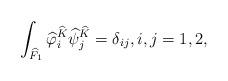
LaTeX: \begin{align*}\int_{\widehat{F}_1}\widehat{\varphi}_i^{\widehat{K}}\widehat{\psi}_j^{\widehat{K}}=\delta_{ij},i,j=1,2,\end{align*}